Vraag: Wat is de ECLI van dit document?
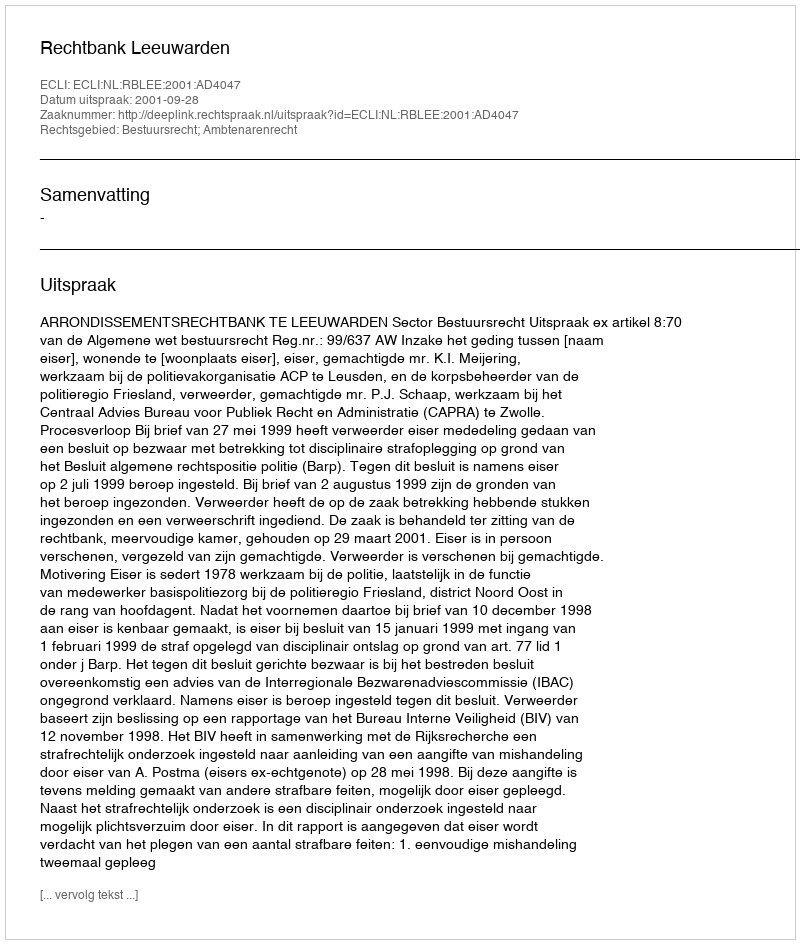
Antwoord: ECLI:NL:RBLEE:2001:AD4047